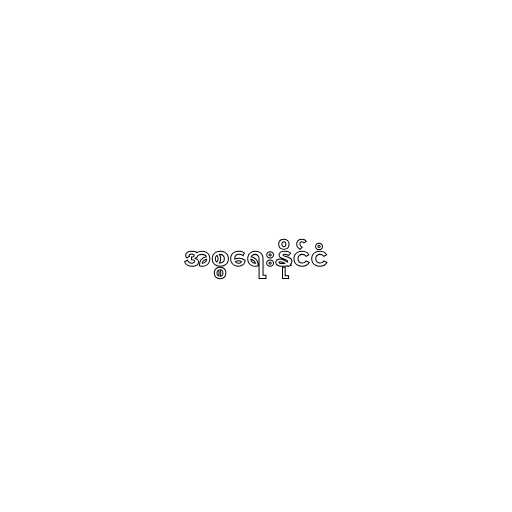
အစ္စရေးနိုင်ငံ